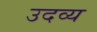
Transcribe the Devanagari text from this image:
उदव्य